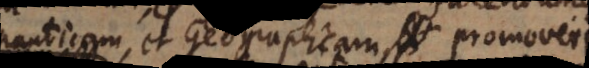
nauticam, et Geographicam promoveri.